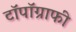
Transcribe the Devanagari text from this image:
टॉपॉग्राफी